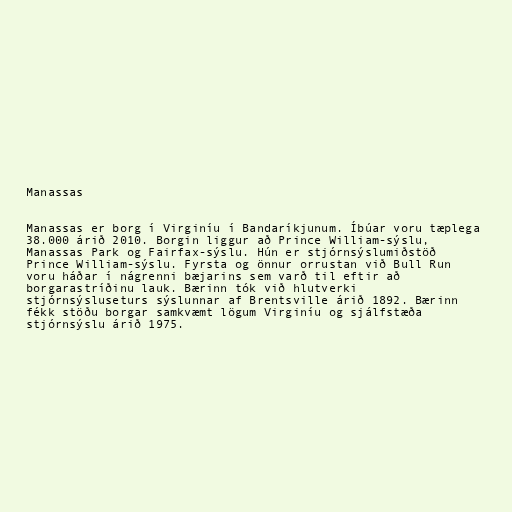
Manassas

Manassas er borg í Virginíu í Bandaríkjunum. Íbúar voru tæplega
38.000 árið 2010. Borgin liggur að Prince William-sýslu,
Manassas Park og Fairfax-sýslu. Hún er stjórnsýslumiðstöð
Prince William-sýslu. Fyrsta og önnur orrustan við Bull Run
voru háðar í nágrenni bæjarins sem varð til eftir að
borgarastríðinu lauk. Bærinn tók við hlutverki
stjórnsýsluseturs sýslunnar af Brentsville árið 1892. Bærinn
fékk stöðu borgar samkvæmt lögum Virginíu og sjálfstæða
stjórnsýslu árið 1975.